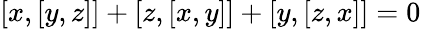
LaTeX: [x,[y,z]]+[z,[x,y]]+[y,[z,x]]=0